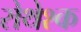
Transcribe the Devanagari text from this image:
रोथेश्क